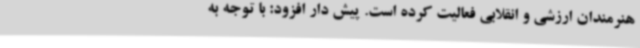
هنرمندان ارزشی و انقلابی فعالیت کرده است. پیش دار افزود: با توجه به